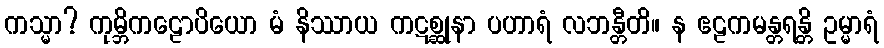
ကသ္မာ? ကုမ္ဘိကဠောပိယော မံ နိဿာယ ကဋစ္ဆုနာ ပဟာရံ လဘန္တီတိ။ န ဧဠကမန္တရန္တိ ဥမ္မာရံ